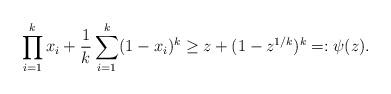
LaTeX: \begin{align*}\prod_{i=1}^k x_i + \frac 1k \sum_{i=1}^k (1-x_i)^k \geq z+(1-z^{1/k})^k=:\psi(z).\end{align*}